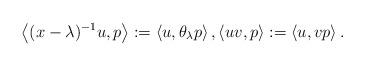
LaTeX: \begin{align*}\left\langle (x-\lambda)^{-1}u,p\right\rangle :=\left\langle u,\theta_{\lambda} p\right\rangle ,\left\langle uv,p\right\rangle :=\left\langle u,vp\right\rangle.\end{align*}